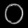
Digit: ၀